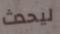
ليحدث